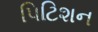
પિટિશન